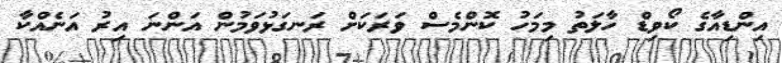
އިންޑިއާގެ ކޯވިޑް ހާލަތު މިމަހު ކޮންމެސް ވަރަކަށް ރަނގަޅުވަމުން އަންނަ އިރު އަނެއްކާ